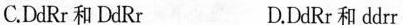
C.DdRr和DdRr D.DdRr和ddrr